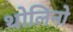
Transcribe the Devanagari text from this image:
थोलिनो